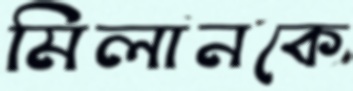
মিলানকে